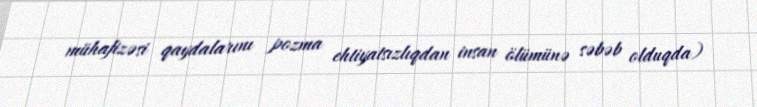
mühafizəsi qaydalarını pozma ehtiyatsızlıqdan insan ölümünə səbəb olduqda)